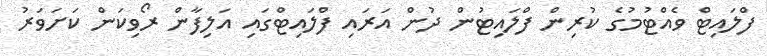
ފްލައިޓް ވެއްޓުމުގެ ކުރިން ފްލައިޓުން ދުން އަރައި ފްލައިޓްގައި އަލިފާން ރޯވިކަން ކަށަވަރު